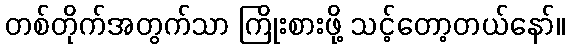
တစ်တိုက်အတွက်သာ ကြိုးစားဖို့ သင့်တော့တယ်နော်။